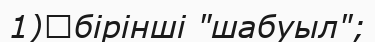
1)	бірінші "шабуыл";